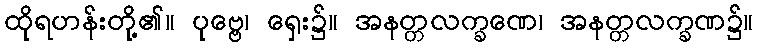
ထိုရဟန်းတို့၏။ ပုဗ္ဗေ၊ ရှေး၌။ အနတ္တလက္ခဏေ၊ အနတ္တလက္ခဏ၌။